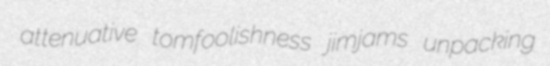
attenuative tomfoolishness jimjams unpacking